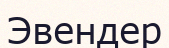
Эвендер